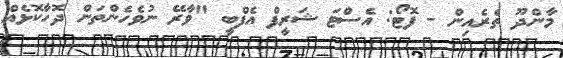
މާންދޫ ތެރެއިން - ފޮޓޯ: އެސްޓަ ޝަރީފް އެފްބީ "ވާރޭ ނުވެހެންތަން ދޮހާކޮޅެއް